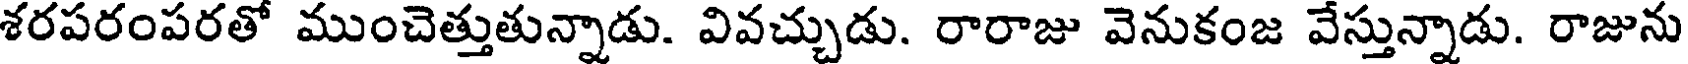
శరపరంపరతో ముంచెత్తుతున్నాడు. వివచ్చుడు. రారాజు వెనుకంజ వేస్తున్నాడు. రాజును